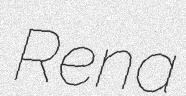
Rena